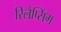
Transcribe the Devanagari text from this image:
रिलैप्सिंग